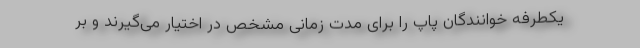
یکطرفه خوانندگان پاپ را برای مدت زمانی مشخص در اختیار می‌گیرند و بر